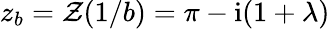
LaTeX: z_{b}=\mathcal{Z}(1/b)=\pi-\mathrm{{i}}(1+\lambda)